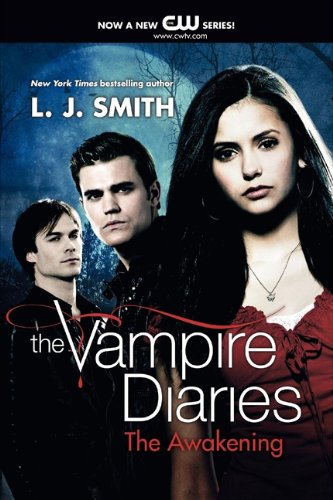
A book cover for The Awakening (The Vampire Diaries, Vol. 1); L. J. Smith; Teen & Young Adult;